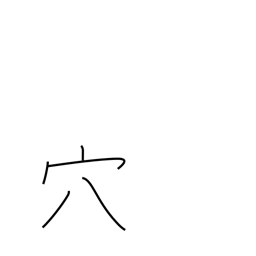
Meaning: aperture